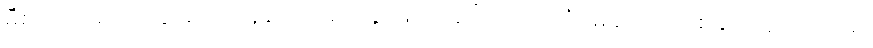
မီစာတိုသည် သွေးဆုတ်နေသော မျက်နှာဖြင့် ခေါင်းညိတ်ပြပြီး မိခင်ကို တစ်ချက် ဝေ့ကြည့်၍